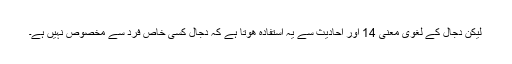
لیكن دجال كے لغوی معنی 14 اور احادیث سے یہ استفادہ ھوتا ہے كہ دجال كسی خاص فرد سے مخصوص نہیں ہے۔